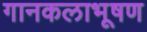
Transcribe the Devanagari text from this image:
गानकलाभूषण